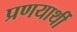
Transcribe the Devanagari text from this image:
प्रणयार्थी